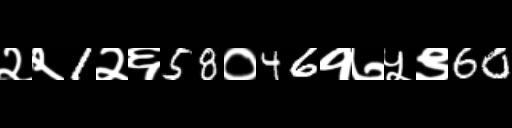
Text: २२1२६58०46१७५९60